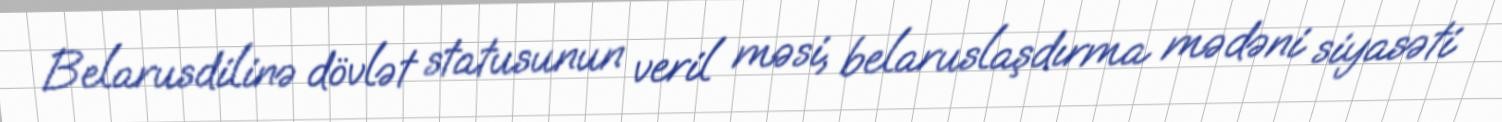
Belarusdilinə dövlət statusunun veril məsi, belaruslaşdırma mədəni siyasəti